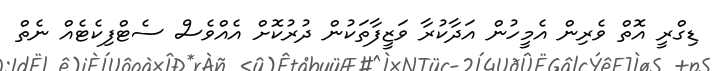
ޑިގްރީ އޮތް ވެރިން އެމީހުން އަދާކުރާ ވަޒީފާތަކުން ދުރުކޮށް އެއްވެސް ސެޓްފިކެޓެއް ނެތް